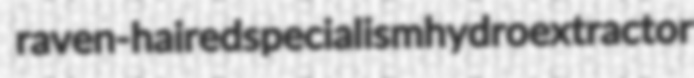
raven-haired specialism hydroextractor